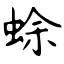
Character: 蜍